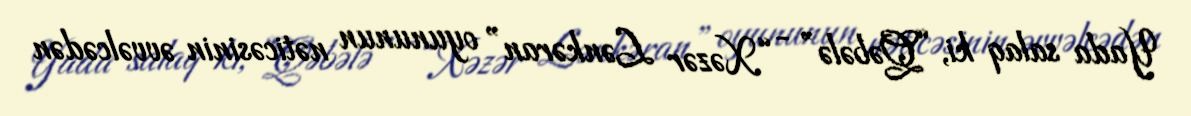
Yada salaq ki, “Qəbələ” - “Xəzər Lənkəran” oyununun nəticəsinin əvvəlcədən